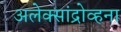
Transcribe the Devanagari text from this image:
अलेक्सांद्रोव्हना